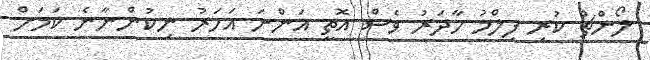
ލޯންޗް ކުރި ފިލްމު ހާދަރު ވެސް އޮތީ އަންނަ އަހަރު ނިކުންނާނެ ކަމަށް